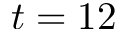
t = 1 2